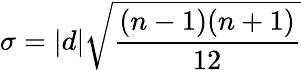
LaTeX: \sigma=|d|{\sqrt{\frac{(n-1)(n+1)}{12}}}